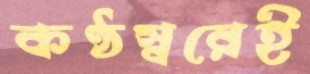
কণ্ঠস্বরেই